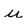
Character: u